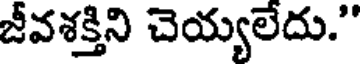
జీవశక్తిని చెయ్యలేదు."